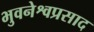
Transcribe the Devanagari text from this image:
भुवनेश्वप्रसाद